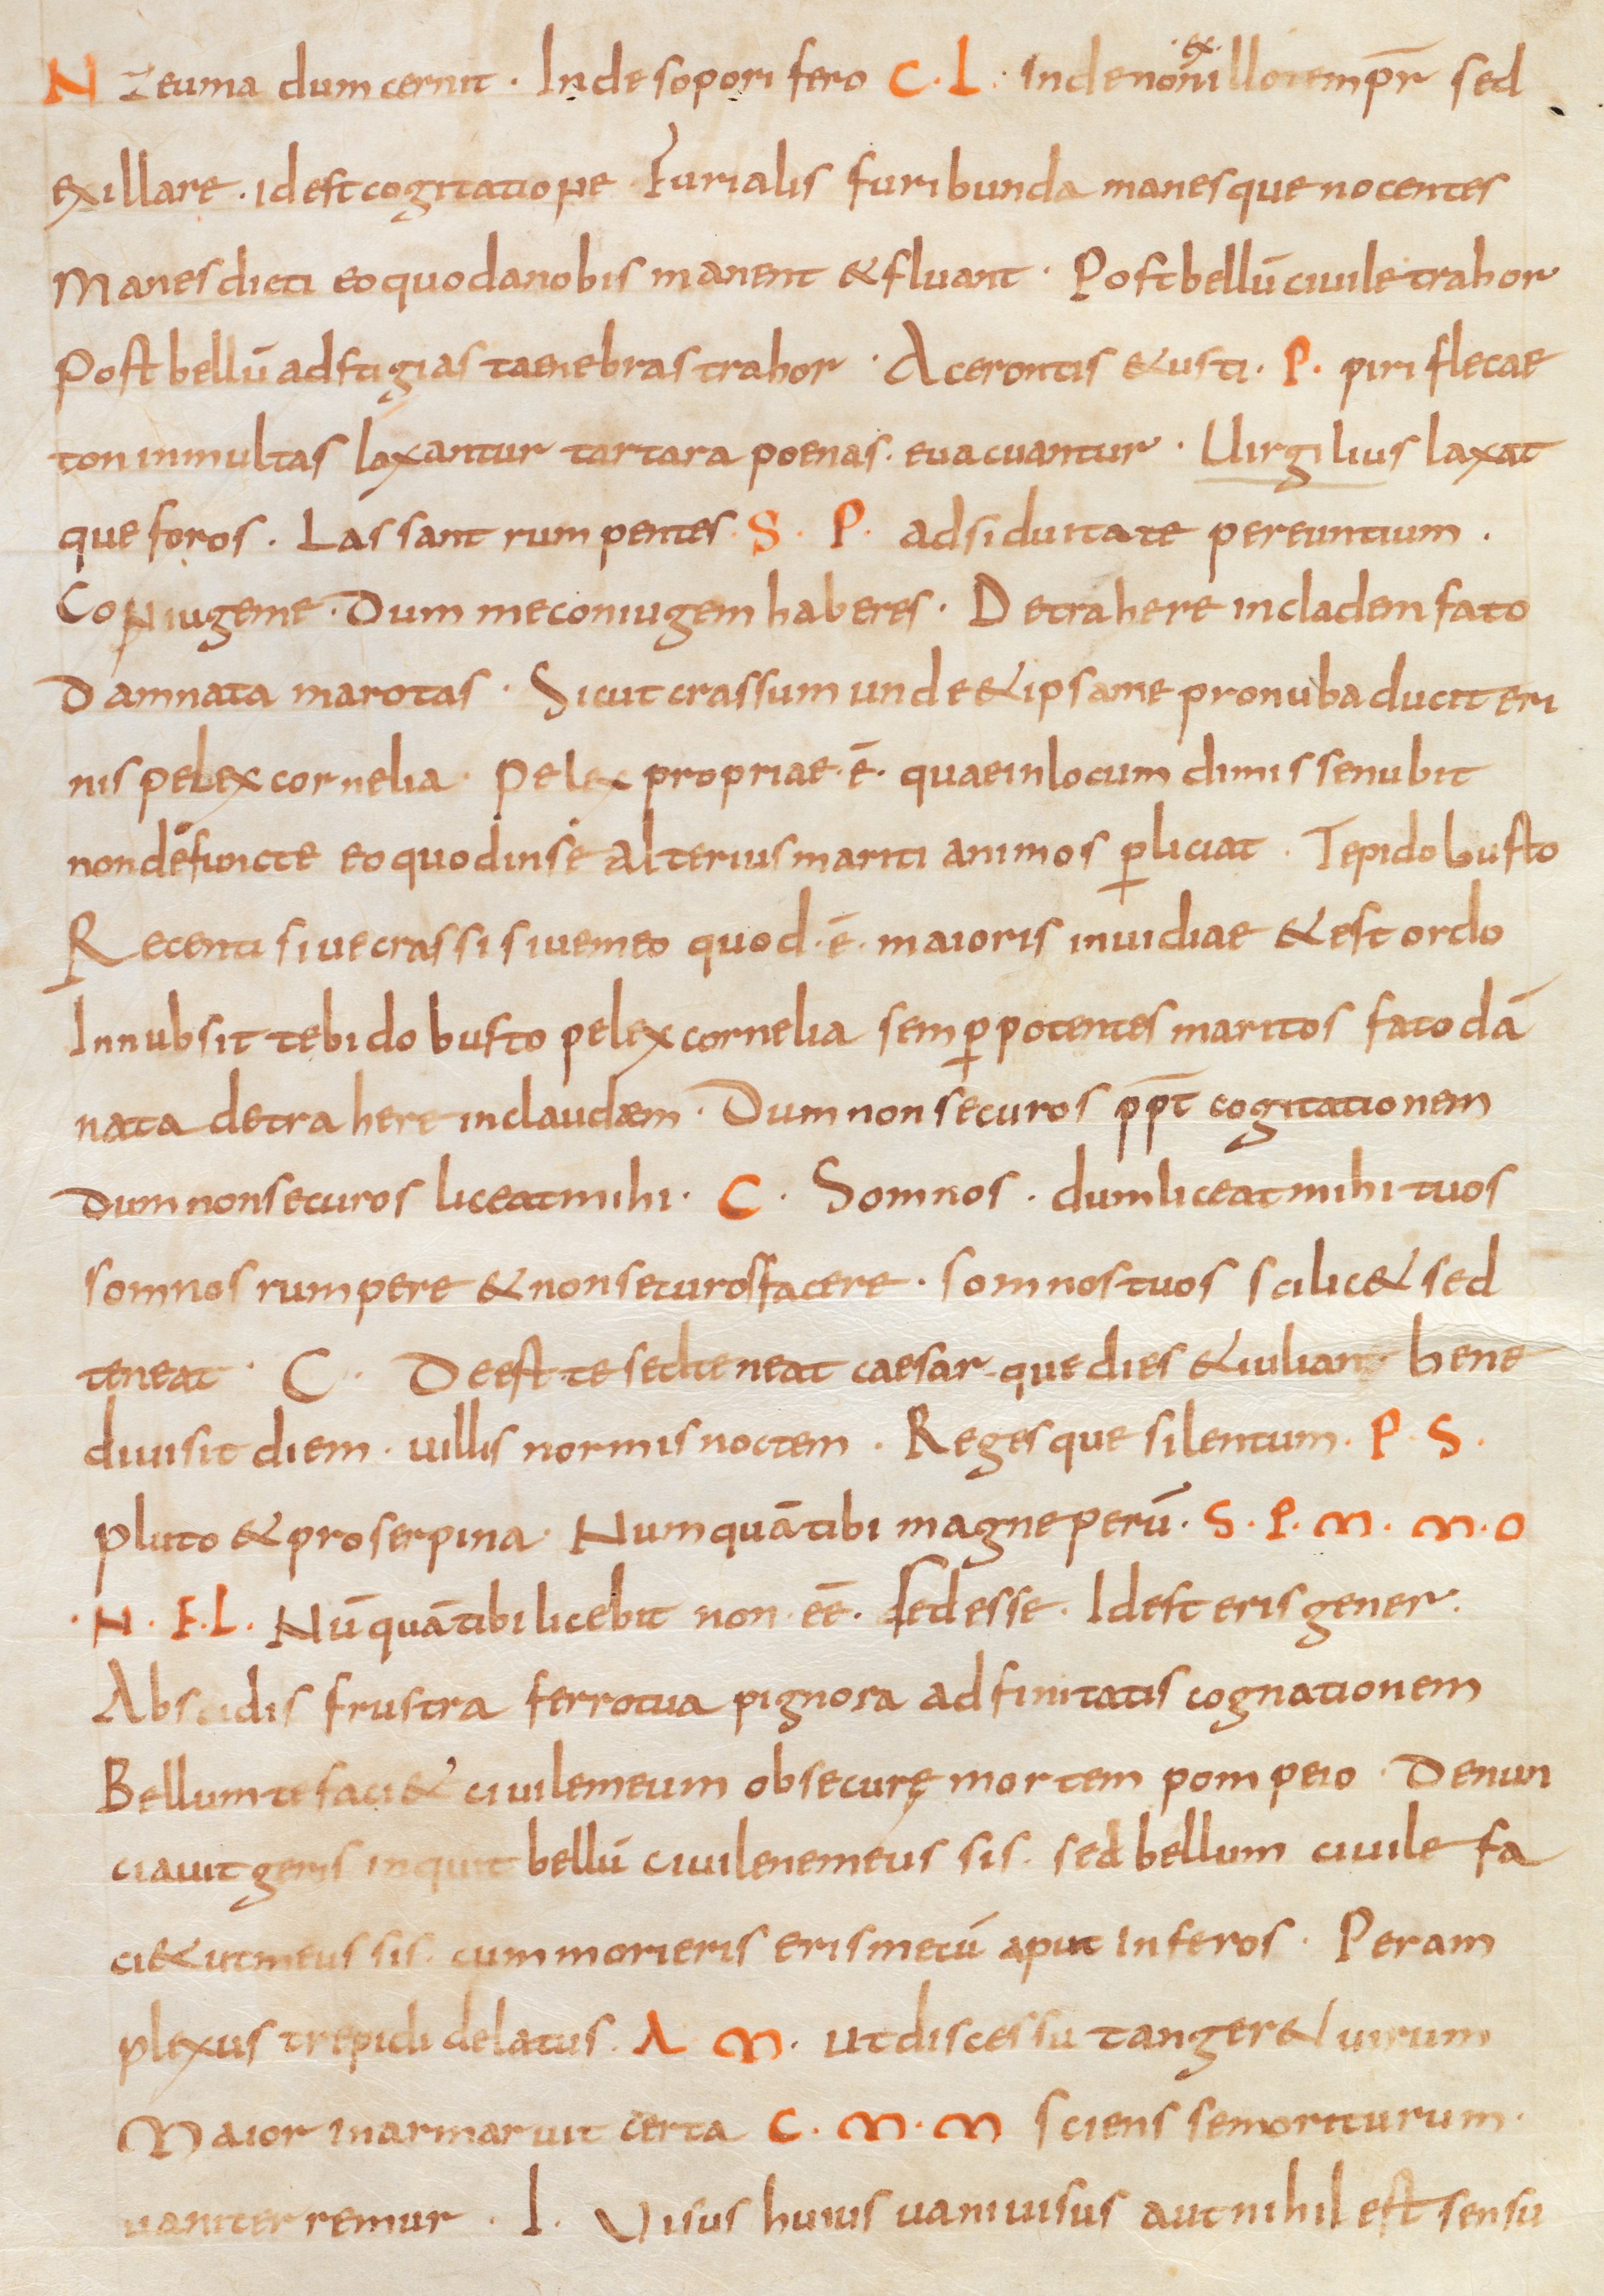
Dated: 885–899